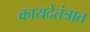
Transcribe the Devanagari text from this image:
कायदेतंत्रात